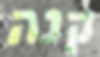
קנה